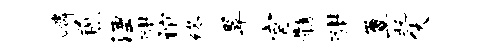
嶙煎湮酣谊终翠宫髓酣簟托伏